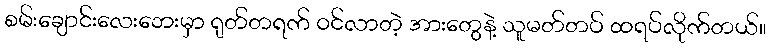
စမ်းချောင်းလေးဘေးမှာ ရုတ်တရက် ဝင်လာတဲ့ အားတွေနဲ့ သူမတ်တပ် ထရပ်လိုက်တယ်။